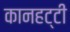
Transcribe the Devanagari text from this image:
कानहट्टी